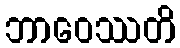
ဘာဝေဿတိ